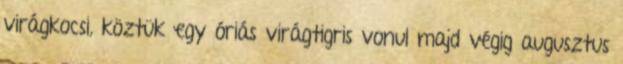
virágkocsi, köztük egy óriás virágtigris vonul majd végig augusztus